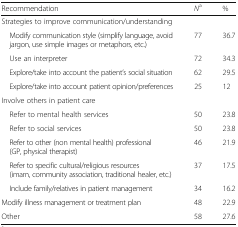
| Recommendation | Na | % |
 | --- | --- | --- |
 | <COLSPAN=3> Strategies to improve communication/understanding |
 | Modify communication style (simplify language, avoid jargon, use simple images or metaphors, etc.) | 77 | 36.7 |
 | Use an interpreter | 72 | 34.3 |
 | Explore/take into account the patient’s social situation | 62 | 29.5 |
 | Explore/take into account patient opinion/preferences | 25 | 12 |
 | <COLSPAN=3> Involve others in patient care |
 | Refer to mental health services | 50 | 23.8 |
 | Refer to social services | 50 | 23.8 |
 | Refer to other (non mental health) professional (GP, physical therapist) | 46 | 21.9 |
 | Refer to specific cultural/religious resources (imam, community association, traditional healer, etc.) | 37 | 17.5 |
 | Include family/relatives in patient management | 34 | 16.2 |
 | Modify illness management or treatment plan | 48 | 22.9 |
 | Other | 58 | 27.6 |